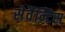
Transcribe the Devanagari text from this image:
सेर्वैन्टिस